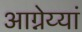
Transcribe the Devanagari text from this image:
आग्नेय्यां